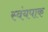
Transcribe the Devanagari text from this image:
स्वंयपाक